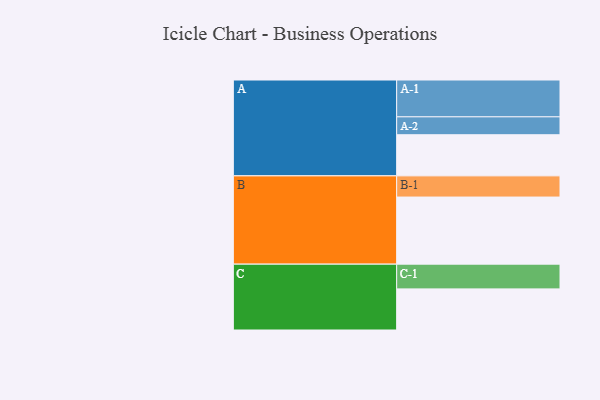
{"axis": {"x": "Segment", "y": "Value"}, "legend": ["", "A", "B", "C"], "data": [{"x": "A", "y": 326, "type": ""}, {"x": "B", "y": 532, "type": ""}, {"x": "C", "y": 326, "type": ""}, {"x": "A-1", "y": 292, "type": "A"}, {"x": "A-2", "y": 142, "type": "A"}, {"x": "B-1", "y": 168, "type": "B"}, {"x": "C-1", "y": 196, "type": "C"}]}